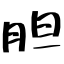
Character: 胆